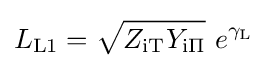
L_{\mathrm {L1} }={\sqrt {Z_{\mathrm {iT} }Y_{\mathrm {i\Pi } }}}\ e^{\gamma _{\mathrm {L} }}